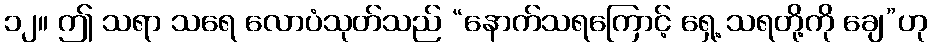
၁၂။ ဤ သရာ သရေ လောပံသုတ်သည် “နောက်သရကြောင့် ရှေ့ သရတို့ကို ချေ”ဟု